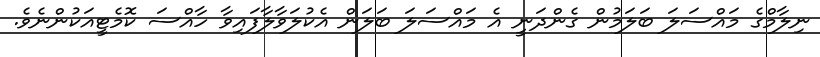
ނިލާމްގެ މައްސަލަ ބަލަމުން ގެންދަނީ އެ މައްސަލަ ބަލަން އެކުލަވާލާފައިވާ ހާއްސަ ކޮމެޓީއަކުންނެވެ.